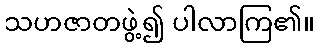
သဟဇာတဖွဲ့၍ ပါလာကြ၏။